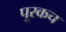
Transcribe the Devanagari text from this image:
पूरकच